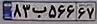
۸۳ب۵۶۶۶۷